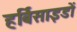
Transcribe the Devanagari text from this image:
हर्बिसाइडों